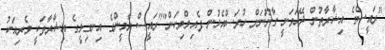
"ރައީސްގެ އިޝާރާތުން ދޭހަވަނީ ގާނޫނަށް ހުރަސްއެޅުން ފެއިލްވިކަން""ރައީސް ޔާމީންގެ އިނގިލީގެ އިޝާރާތަކީ ވެރިއަކު